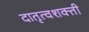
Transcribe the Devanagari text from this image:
दातृत्वशक्ती